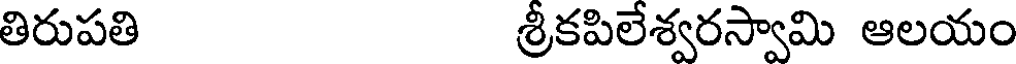
తిరుపతి శ్రీకపిలేశ్వరస్వామి ఆలయం